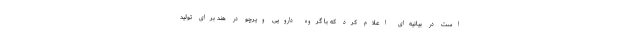
است در بیانیه‌ای اعلام کرد که با گروه دارویی ویرچو در هند برای تولید